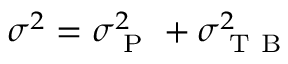
\sigma ^ { 2 } = \sigma _ { \mathrm { ~ P ~ } } ^ { 2 } + \sigma _ { \mathrm { ~ T ~ B ~ } } ^ { 2 }